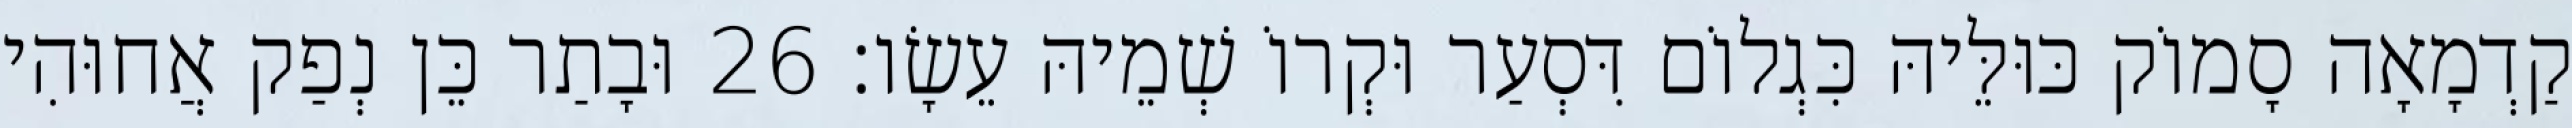
קַדְמָאָה סָמוֹק כּוּלֵּיהּ כִּגְלוֹם דִּסְעַר וּקְרוֹ שְׁמֵיהּ עֵשָׂו׃ 26 וּבָתַר כֵּן נְפַק אֲחוּהִי